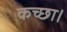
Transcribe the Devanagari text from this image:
कच्छा।